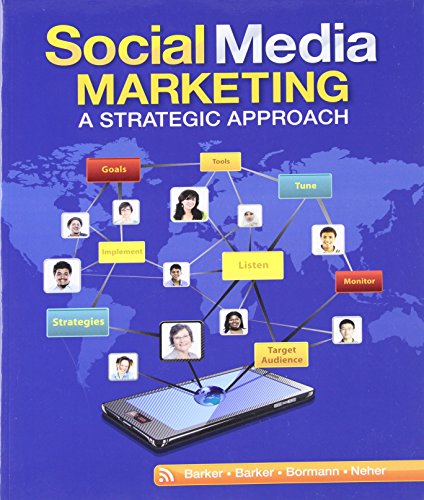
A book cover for Social Media Marketing: A Strategic Approach; Melissa Barker; Computers & Technology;